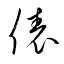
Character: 俵